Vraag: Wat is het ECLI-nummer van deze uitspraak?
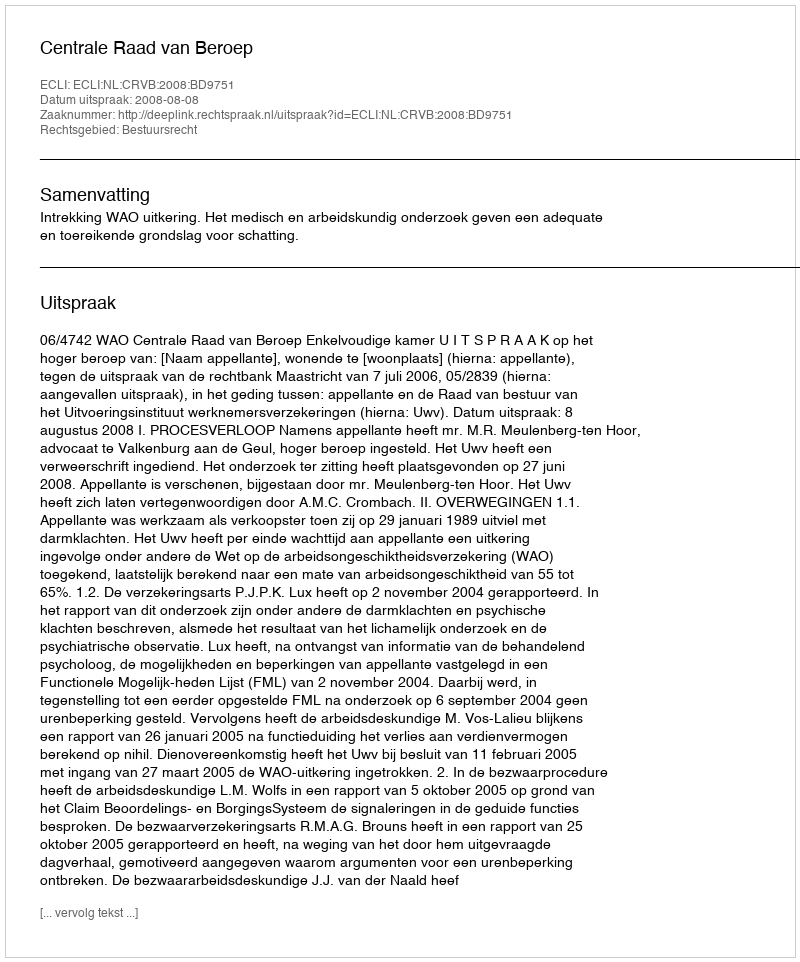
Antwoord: ECLI:NL:CRVB:2008:BD9751